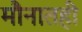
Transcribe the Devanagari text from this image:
मौनातही